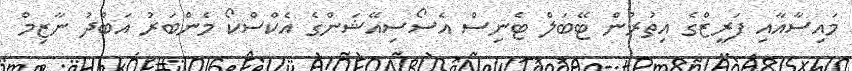
މައިސާއާއި ފަރީޒްގެ އިތުރުން ޓޭބަލް ޓެނިސް އެސޯސިއޭޝަންގެ އެކްސްކޯ މެންބަރު އަބްދު ނާޒިމް